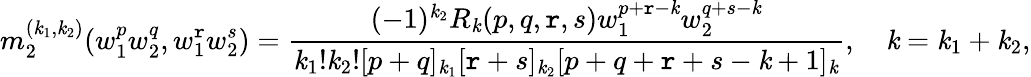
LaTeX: m_{2}^{(\mathit{k}_{1},\mathit{k}_{2})}(w_{1}^{p}w_{2}^{q},w_{1}^{\mathtt{r}}w_{2}^{s})=\frac{{(-1)^{\mathit{k}_{2}}R_{\mathit{k}}(p,q,\mathtt{r},s)w_{1}^{p+\mathtt{r}-\mathit{k}}w_{2}^{q+s-\mathit{k}}}}{{\mathit{k}_{1}!\mathit{k}_{2}![p+q]_{\mathit{k}_{1}}[\mathtt{r}+s]_{\mathit{k}_{2}}[p+q+\mathtt{r}+s-\mathit{k}+1]_{\mathit{k}}}},\quad\mathit{k}=\mathit{k}_{1}+\mathit{k}_{2},